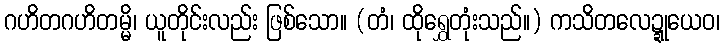
ဂဟိတဂဟိတမ္မိ၊ ယူတိုင်းလည်း ဖြစ်သော။ (တံ၊ ထိုရွှေတုံးသည်။) ကသိတလေဍ္ဍုယေဝ၊